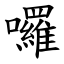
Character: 囉